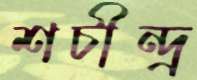
শচীন্দ্র